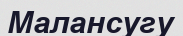
Малансугу